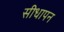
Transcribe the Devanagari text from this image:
सीधापन